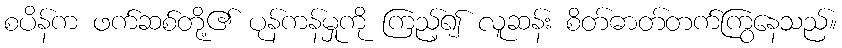
စပိန်က ဖက်ဆစ်တို့၏ ပုန်ကန်မှုကို ကြည့်၍ လူဆန်း စိတ်ဓာတ်တက်ကြွနေသည်။